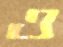
ও